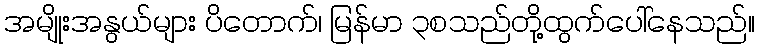
အမျိုးအနွယ်များ ပိတောက်၊ မြန်မာ ၃စသည်တို့ထွက်ပေါ်နေသည်။